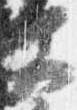
文